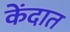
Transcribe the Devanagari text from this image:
केंदात